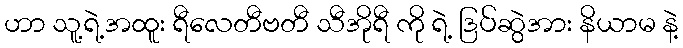
ဟာ သူ့ရဲ့အထူး ရီလေတီဗတီ သီအိုရီ ကို ရဲ့ ဒြပ်ဆွဲအား နိယာမ နဲ့